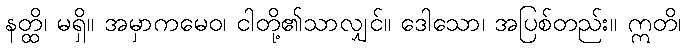
နတ္ထိ၊ မရှိ။ အမှာကမေဝ၊ ငါတို့၏သာလျှင်။ ဒေါသော၊ အပြစ်တည်း။ ဣတိ၊